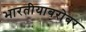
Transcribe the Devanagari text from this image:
भारतीयाबरोबर